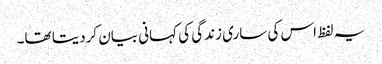
یہ لفظ اس کی ساری زندگی کی کہانی بیان کردیتا تھا۔